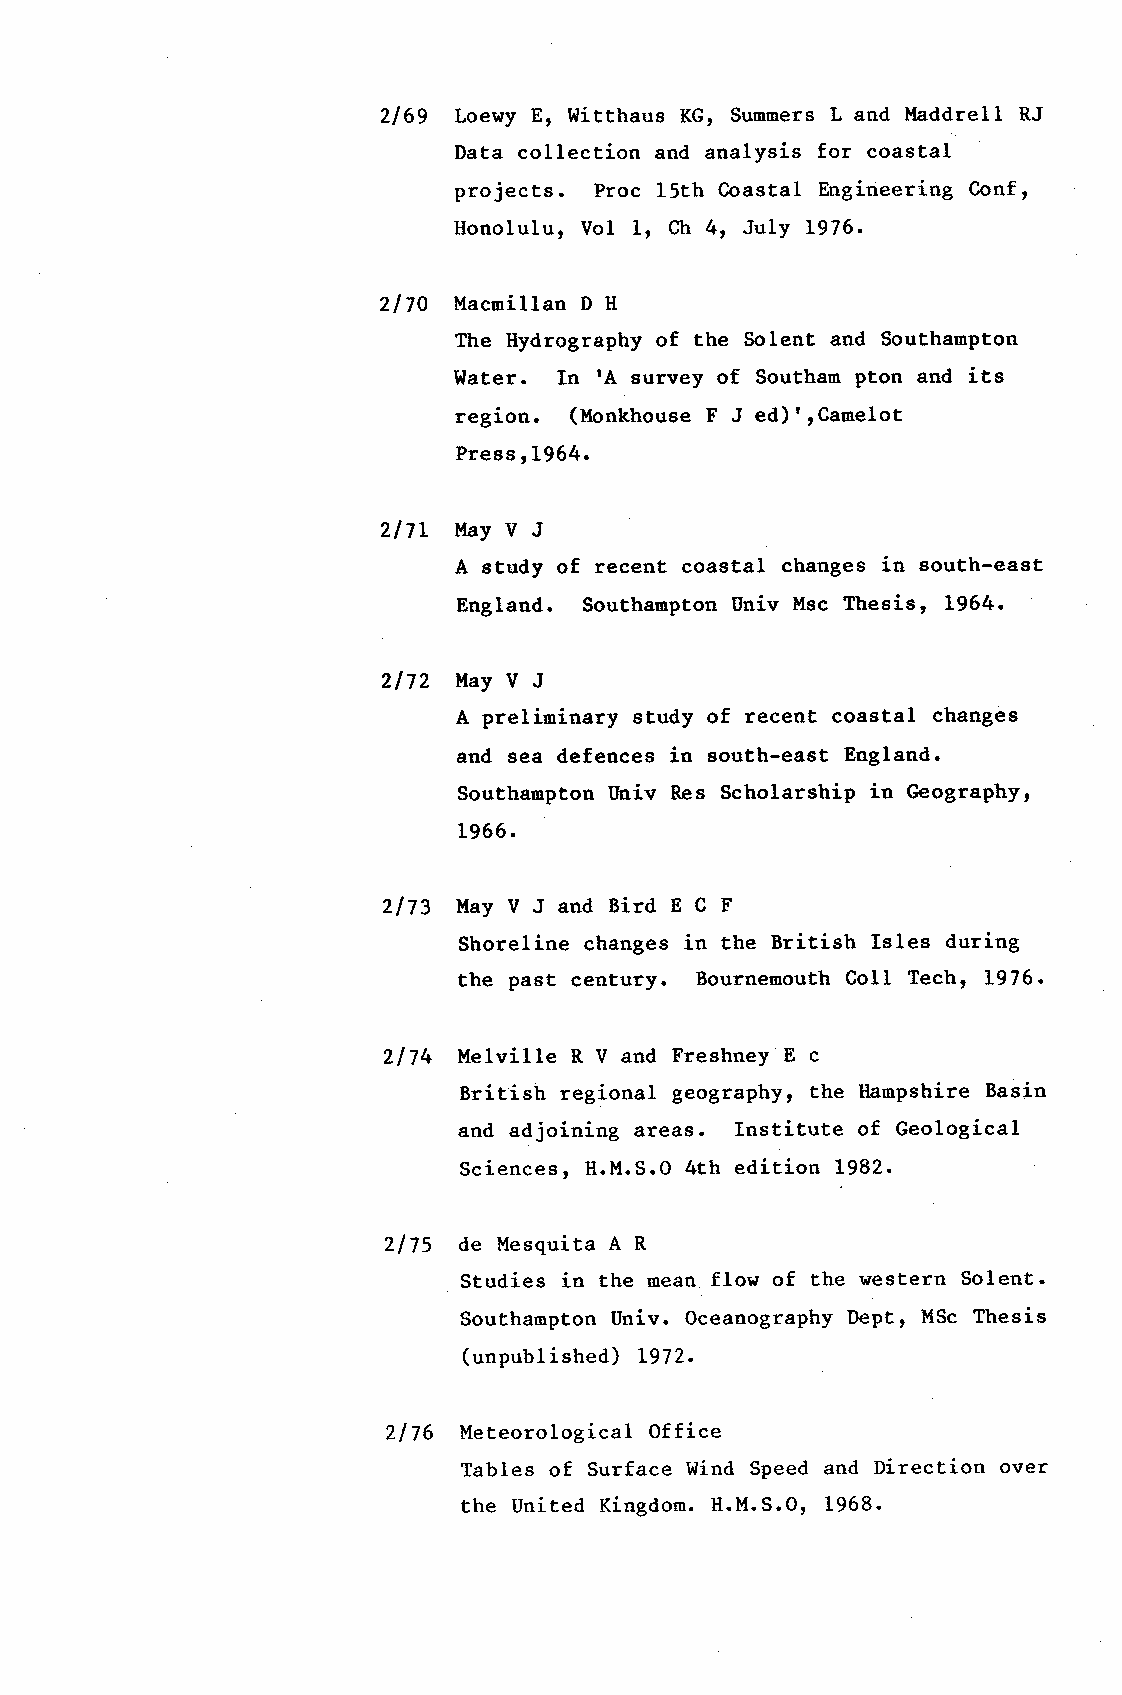
2169 Loewy E, Witthaus KG, SummersL and ltuddrell RJ
 Data collection and analysis for coastal
 projects. Proc 15th Coastal Engineering Conf,
 Honolulu, Vol L, Ch 4, July 1976.
 2l70 Macmillan D H
 The Itydrography of the Solent and SouthamPton
 Water. In !A survey of Southan pton and its
 region. (l{onkhouse F J ed)
 Press rL964.           "Camelot
 2l7t May V J
 A study of recent eoastal changes in south-east
 England. Southampton Univ Msc Thesis, L964.
 2llZ May V J
 A prelininary study of recent coastal changes
 and sea defences in south-east England.
 Southallpton llniv Res Scholarship in Geography,
 L966.
 2173 l{ayVJandBirdECF
 Shoreline changes in the British Isles during
 the past century. Bournemouth Coll. Techr 1976.
 zllt+ llelville R V and Freshney E c
 British regional geography, the llaopshire Basin
 and adjoining areas. Institute of Geological
 Sciences, H.M.S.O4 th edition L982.
 2115 de l"lesquita A R
 Studies in the mean flow of the Itestern Solent.
 Southampton Univ. Oceanography Dept, MSc Thesis
 (unpublished) I972.
 2176 lleteorological office
 Tables of Surface Wind Speed and Direction over
 the United Kingdorn.H .M.S.O' 1968.